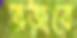
রজবে